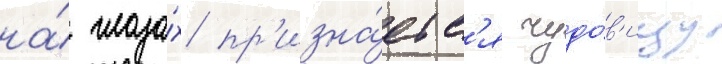
на́ глаза́х пр'изна́етс'я чудо́в'ищу